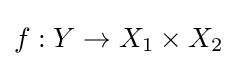
f:Y\to X_{1}\times X_{2}